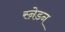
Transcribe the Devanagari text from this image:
स्ने़डन